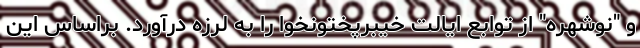
و "نوشهره" از توابع ایالت خیبرپختونخوا را به لرزه درآورد. براساس این